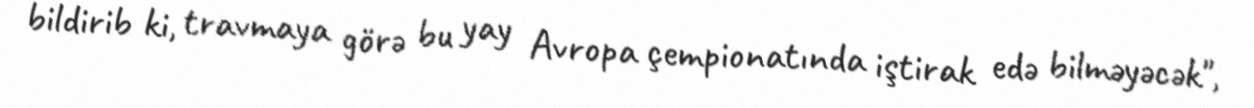
bildirib ki, travmaya görə bu yay Avropa çempionatında iştirak edə bilməyəcək",